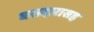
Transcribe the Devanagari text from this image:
घरादारासह